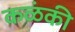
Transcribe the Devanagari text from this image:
कळंकी